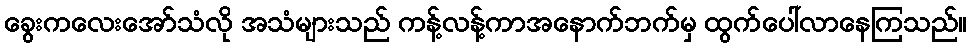
ခွေးကလေးအော်သံလို အသံများသည် ကန့်လန့်ကာအနောက်ဘက်မှ ထွက်ပေါ်လာနေကြသည်။